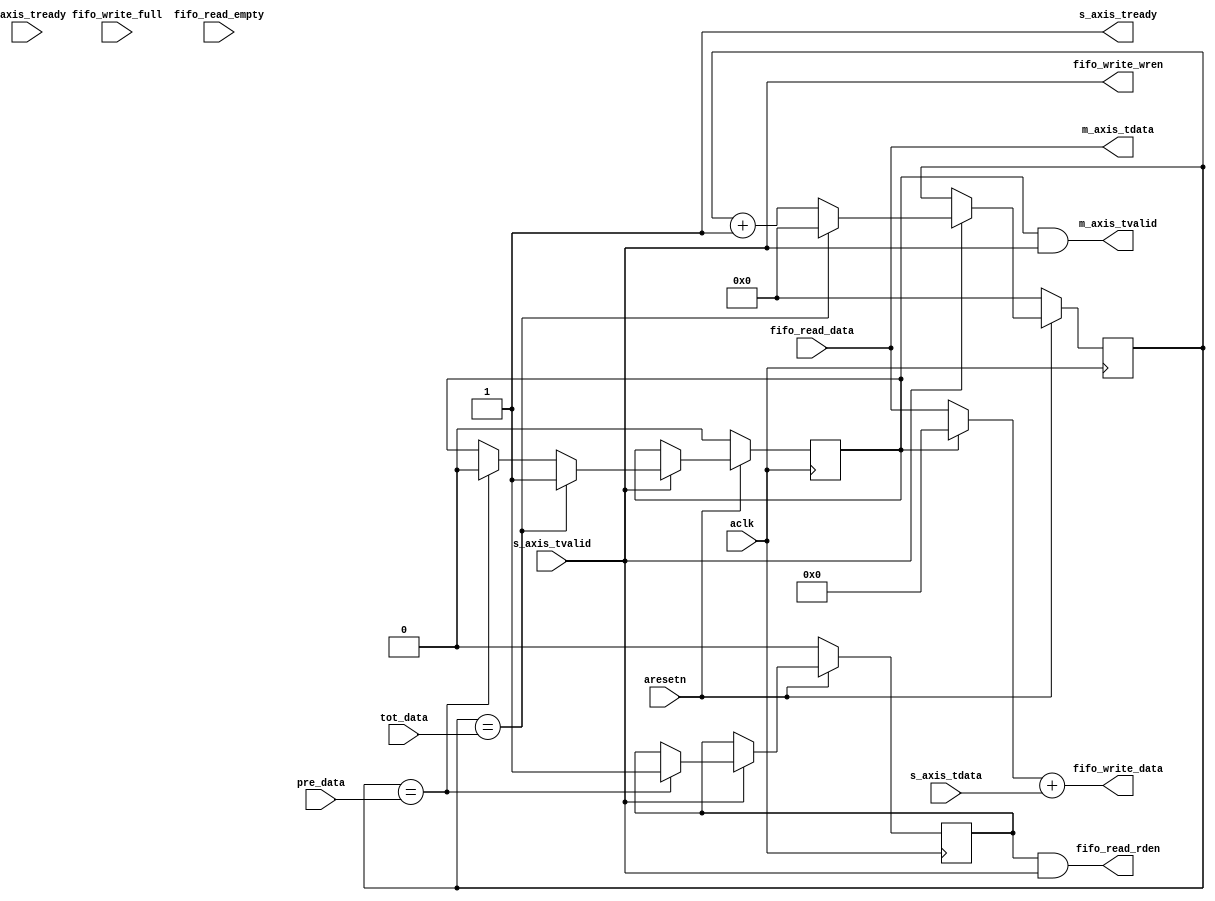
module axis_averager #
(
  parameter integer AXIS_TDATA_WIDTH = 32,
  parameter integer CNTR_WIDTH = 16,
  parameter AXIS_TDATA_SIGNED = "FALSE"
)
(
  // System signals
  input  wire                        aclk,
  input  wire                        aresetn,

  input  wire [CNTR_WIDTH-1:0]       pre_data,
  input  wire [CNTR_WIDTH-1:0]       tot_data,

  // Slave side
  output wire                        s_axis_tready,
  input  wire [AXIS_TDATA_WIDTH-1:0] s_axis_tdata,
  input  wire                        s_axis_tvalid,

  // Master side
  input  wire                        m_axis_tready,
  output wire [AXIS_TDATA_WIDTH-1:0] m_axis_tdata,
  output wire                        m_axis_tvalid,

  // FIFO_WRITE port
  input  wire                        fifo_write_full,
  output wire [AXIS_TDATA_WIDTH-1:0] fifo_write_data,
  output wire                        fifo_write_wren,

  // FIFO_READ port
  input  wire                        fifo_read_empty,
  input  wire [AXIS_TDATA_WIDTH-1:0] fifo_read_data,
  output wire                        fifo_read_rden
);

  reg [CNTR_WIDTH-1:0] int_cntr_reg, int_cntr_next;
  reg int_rden_reg, int_rden_next;
  reg int_tvalid_reg, int_tvalid_next;

  wire [AXIS_TDATA_WIDTH-1:0] int_data_wire, sum_data_wire;

  always @(posedge aclk)
  begin
    if(~aresetn)
    begin
      int_cntr_reg <= {(CNTR_WIDTH){1'b0}};
      int_rden_reg <= 1'b0;
      int_tvalid_reg <= 1'b0;
    end
    else
    begin
      int_cntr_reg <= int_cntr_next;
      int_rden_reg <= int_rden_next;
      int_tvalid_reg <= int_tvalid_next;
    end
  end

  always @*
  begin
    int_cntr_next = int_cntr_reg;
    int_rden_next = int_rden_reg;
    int_tvalid_next = int_tvalid_reg;

    if(s_axis_tvalid)
    begin
      int_cntr_next = int_cntr_reg + 1'b1;
    end

    if(s_axis_tvalid)
    begin
      int_cntr_next = int_cntr_reg + 1'b1;

      if(int_cntr_reg == pre_data)
      begin
        int_rden_next = 1'b1;
        int_tvalid_next = 1'b0;
      end

      if(int_cntr_reg == tot_data)
      begin
        int_cntr_next = {(CNTR_WIDTH){1'b0}};
        int_tvalid_next = 1'b1;
      end
    end
  end

  assign int_data_wire = ~int_tvalid_reg ? fifo_read_data : {(AXIS_TDATA_WIDTH){1'b0}};

  generate
    if(AXIS_TDATA_SIGNED == "TRUE")
    begin : SIGNED
      assign sum_data_wire = $signed(int_data_wire) + $signed(s_axis_tdata);
    end
    else
    begin : UNSIGNED
      assign sum_data_wire = int_data_wire + s_axis_tdata;
    end
  endgenerate

  assign s_axis_tready = 1'b1;

  assign m_axis_tdata = fifo_read_data;
  assign m_axis_tvalid = int_tvalid_reg & s_axis_tvalid;

  assign fifo_read_rden = int_rden_reg & s_axis_tvalid;

  assign fifo_write_data = sum_data_wire;
  assign fifo_write_wren = s_axis_tvalid;

endmodule